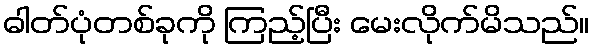
ဓါတ်ပုံတစ်ခုကို ကြည့်ပြီး မေးလိုက်မိသည်။